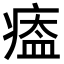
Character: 𤸙